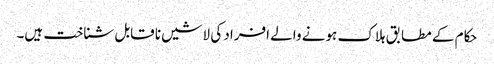
حکام کے مطابق ہلاک ہونے والے افراد کی لاشیں نا قابل شناخت ہیں۔